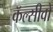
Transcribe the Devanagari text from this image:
कॅल्सीवो